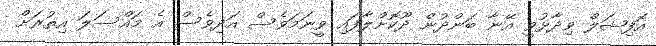
އޮފިޝަލް ވިދާޅުވީ އޭނާ ބަންދުން ދޫކޮށްލާފައި ވީނަމަވެސް އަދިވެސް އެ މައްސަލަ އިތުރަށް